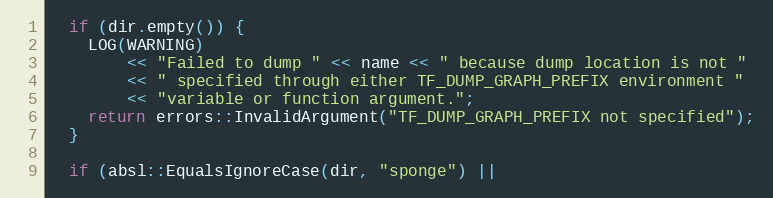
Language: C++
  if (dir.empty()) {
    LOG(WARNING)
        << "Failed to dump " << name << " because dump location is not "
        << " specified through either TF_DUMP_GRAPH_PREFIX environment "
        << "variable or function argument.";
    return errors::InvalidArgument("TF_DUMP_GRAPH_PREFIX not specified");
  }

  if (absl::EqualsIgnoreCase(dir, "sponge") ||